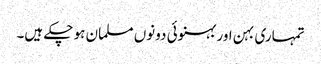
تمہاری بہن اور بہنوئی دونوں مسلمان ہو چکے ہیں۔